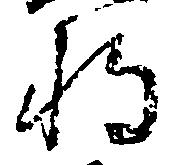
将